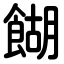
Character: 餬